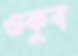
ওকুব